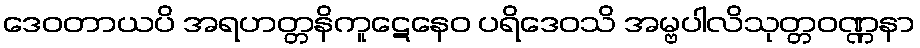
ဒေဝတာယပိ အရဟတ္တနိကူဋေနေဝ ပရိဒေဝသိ အမ္ဗပါလိသုတ္တဝဏ္ဏနာ